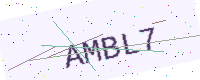
Text: AMBL7